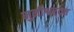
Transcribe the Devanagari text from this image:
मुनीश्वरदत्त